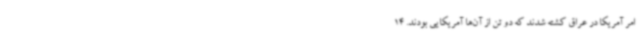
امر آمریکا در عراق کشته شدند که دو تن از آن‌ها آمریکایی بودند. 14